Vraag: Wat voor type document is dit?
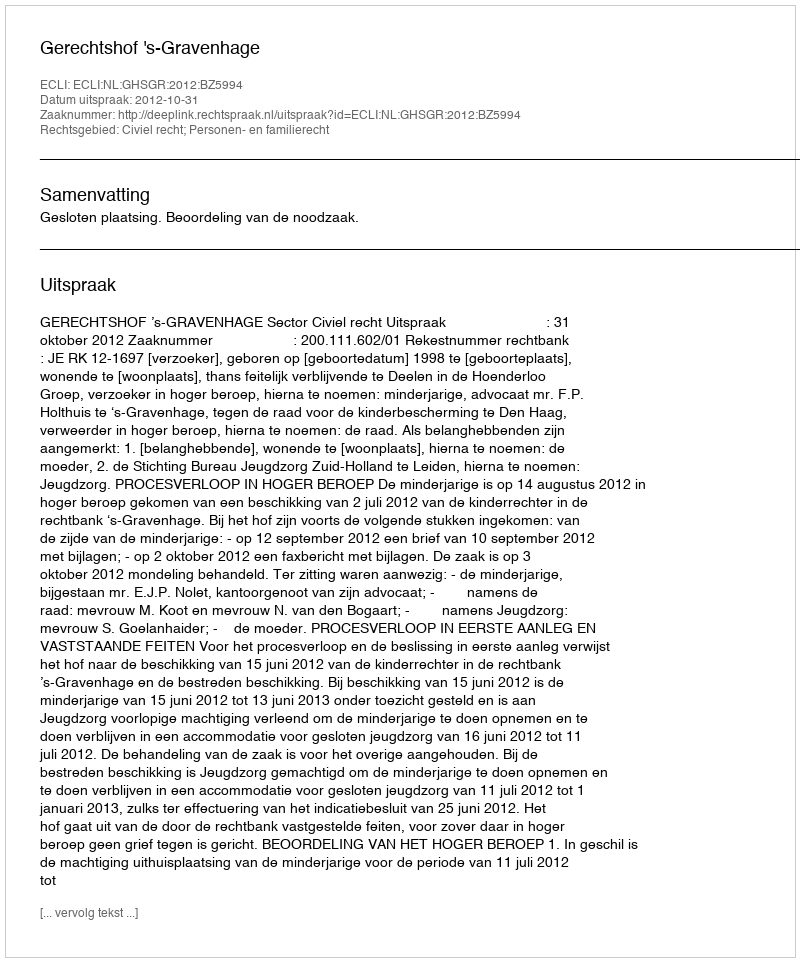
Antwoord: Uitspraak